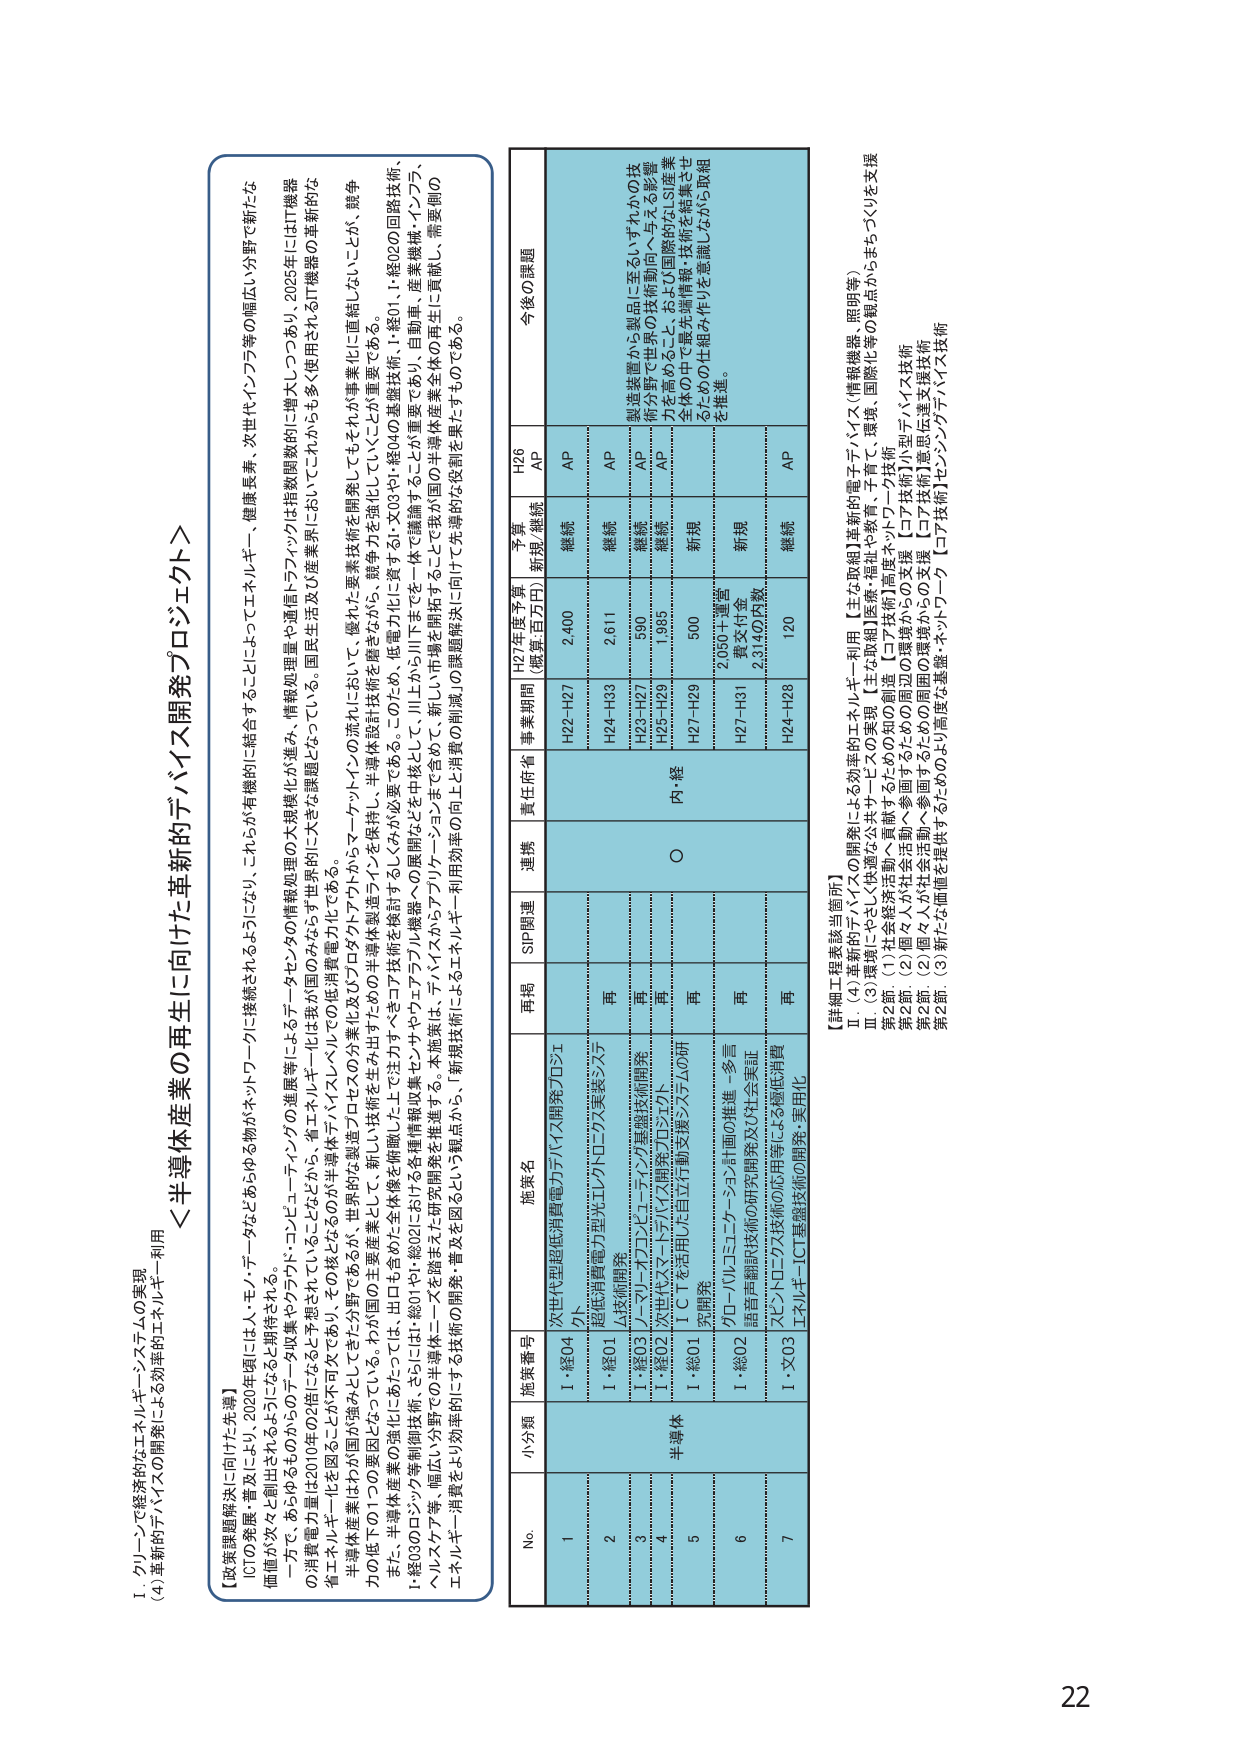
I. クリーンで経済的なエネルギー・システムの実現
(4) 革新的デバイスの開発による効率的エネルギー利用

【政策課題解決に向けた先導】
ICTの発展・普及により、2020年頃には人・モノ・データなどあらゆる物がネットワークに接続されるようになり、これらが有機的に統合することによってエネルギー、健康長寿、次世代インフラ等の幅広い分野で新たな価値が次々と創出されるようになると期待される。

一方で、あらゆる2010年のデバイス収集やクラウド・コンピューティングの発展等によるデータセンタなどの情報処理量の大幅増化が進み、情報処理量や通信トラフィックは指数関数的に増大しており、2025年にはIT機器の消費電力量は2010年の2倍に達すると予想されている。省エネルギー化は我が国ののみならず世界的に大きな課題となっている。国民生活及び産業界においてこれからも多く使用されるIT機器の革新的な省エネルギー化を図ることが不可欠であり、その様なものが半導体デバイスレベルでの低消費電力化である。

半導体産業はわが国が強みとしてきた分野であるが、世界的製造プロセスのナノメートル・ケンタインの流れにおいて、優れた要素技術を開発してもらうことが重要化してきている。競争力の低下の1つの要因となっている。わが国の主要産業として、新しい技術を生み出すための半導体製造ラインから、半導体設計技術を踏まえながら、競争力を強化していくことが重要である。

また、半導体産業の強化にあたっては、出口を含めた全体像を俯瞰した上で注力すべきコア技術を検討することが大切である。このため、低電力化に資する、次世代の基礎技術、1・経04、1・経02の回路技術、1・経03のロジック等制御技術、さらにH21・経02における各種情報収集センサやエアリアル機器への展開などを中核として、これからの川下までを一体で議論するという、自動車・産業機械・インフラ、ヘルスケア等、幅広い分野での半導体ニーズを踏まえた研究開発を推進する。本施策は、7万人からアプローチによって我が国の半導体産業全体の再生に貢献し、需要側のエネルギー消費をより効率的にする技術の開発・普及を図るという観点から、[新規技術]によるエネルギー利用効率の向上と消費の削減の課題解決に向けて先導的な役割を果たすものである。

＜半導体産業の再生に向けた革新的デバイス開発プロジェクト＞

No. 小分類 施策番号 施策名 再掲 SIP関連 連携 責任官省 事業期間 H27年度予算 (概算百万円) 予算 新規/継続 H26 AP 今後の課題
1 半導体 1・経04 次世代型超低消費電力デバイス開発プロジェク ト 継続 AP 制造装置から製品に至るいずれかの技術分野で世界の技術動向へ与える影響力を高めること、および国際的なIS産業主体の中で最先端情報・技術を結集させるための仕組み作りを意識しながら取組を推進。
2 1・経01 超低消費電力型光エレクトロニクス実装システ ム技術開発 再 継続 AP
3 1・経03 ノーマル・オプトエレクトロニクス基礎技術開発 再 継続 AP
4 1・経02 次世代スマートデバイス開発プロジェクト 再 継続 AP
5 1・経01 ICを活用した自立行動支援システムの研 究開発 再 内・経 H27-H29 500 新規
6 1・経02 クローバルコミュニケーション計画の推進－多言 語音声翻訳技術の研究開発及び社会実証 再 H27-H31 2,050+運営 費交付金 2,314の内数 新規
7 1・X03 パンシドローグス技術の応用等による極低消費 エネルギーICT基盤技術の開発・実用化 再 H24-H28 120 継続 AP

【詳細工程表該当箇所】
Ⅱ. (4) 革新的デバイスの開発による効率的エネルギー利用 【主な取組】革新的電子デバイス（情報機器、照明等）
Ⅲ. (3) 環境にやさしい供給と公共サービスの実現 【主な取組】医療・福祉や教育、子育て、環境、国際化等の観点からまちづくりを支援
第2部 (1) 社会経済活動へ貢献するための知的創造 【コア技術】高度・ネットワーク技術
第2部 (2) 個人・社会活動へ参画するための周辺の環境からの支援 【コア技術】小型デバイス技術
第2部 (3) 個人・社会活動を提供するための周辺の環境からの支援 【コア技術】意思伝達支援技術
第2部 (3) 新たな価値を提供するためのより高度な基盤・ネットワーク 【コア技術】センシング・ナノバイオ技術

22